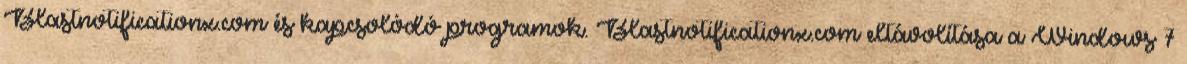
Blastnotificationx.com és kapcsolódó programok. Blastnotificationx.com eltávolítása a Windows 7